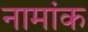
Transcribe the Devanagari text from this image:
नामांक